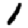
Digit: 1